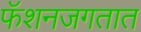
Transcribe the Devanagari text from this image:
फॅशनजगतात